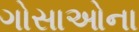
ગોસાઓના